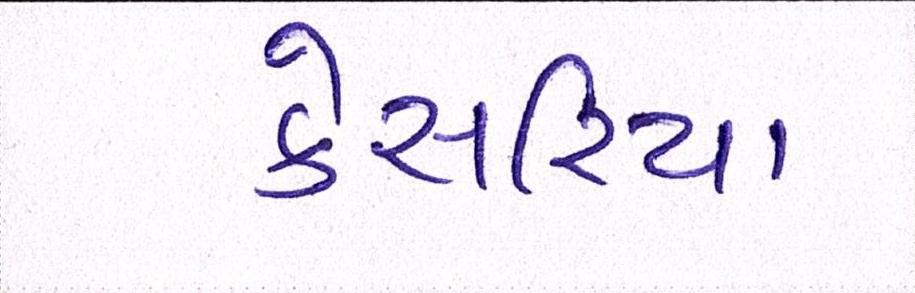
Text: કેસરિયા